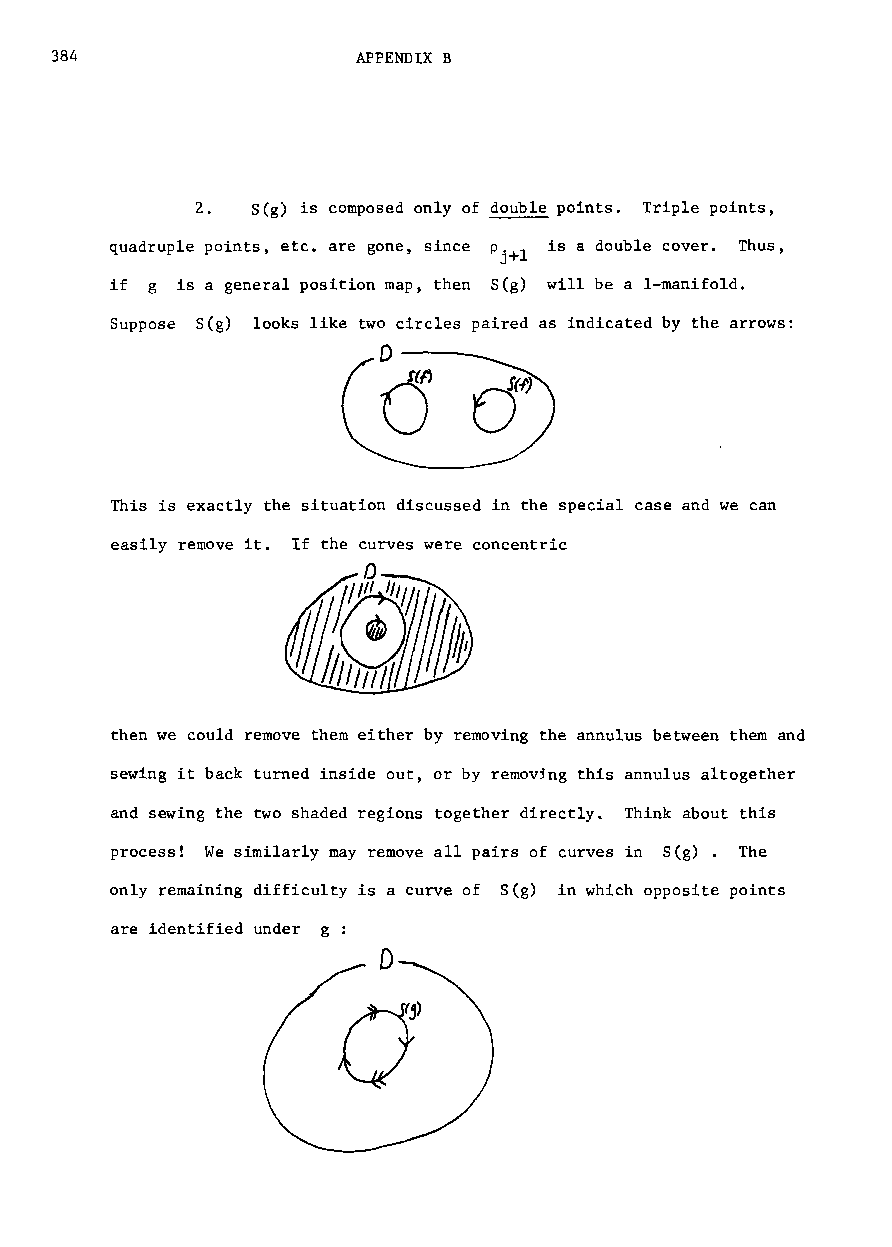
384                  APPENDIX B
 2.  S(g) is composed only of double points. Triple points,
 quadruple points, etc. are gone, since is a double cover. Thus,
 if g is a general position map, then S(g) will be a I-manifold.
 Suppose S(g) looks like two circles paired as indicated by the arrows:
 D--
 (j
 This is exactly the situation discussed in the special case and we can
 easily remove it. If the curves were concentric
 then we could remove them either by removing the annulus between them and
 sewing it back turned inside out, or by remov5ng this annulus altogether
 and sewing the two shaded regions together directly. Think about this
 process! We similarly may remove all pairs of curves in S(g). The
 only remaining difficulty is a curve of S(g) in which opposite points
 are identified under g:
 D